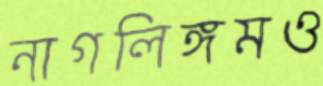
নাগলিঙ্গমও